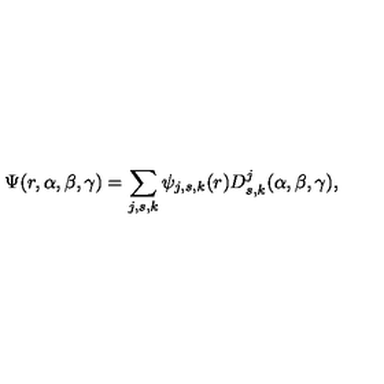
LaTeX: \Psi ( r , \alpha , \beta , \gamma ) = \sum _ { j , s , k } \psi _ { j , s , k } ( r ) D _ { s , k } ^ { j } ( \alpha , \beta , \gamma ) ,